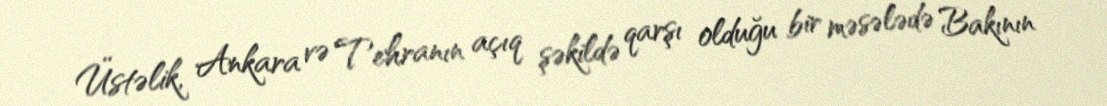
Üstəlik, Ankara və Tehranın açıq şəkildə qarşı olduğu bir məsələdə Bakının